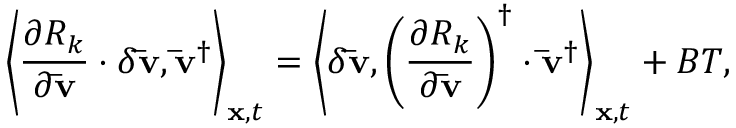
{ \left\langle { \frac { { \partial { R _ { k } } } } { { \partial { \bf { \bar { v } } } } } \cdot \delta { \bf { \bar { v } } } , { { { \bf { \bar { v } } } } ^ { \dag } } } \right\rangle _ { { \bf { x } } , t } } = { \left\langle { \delta { \bf { \bar { v } } } , { { \left( { \frac { { \partial { R _ { k } } } } { { \partial { \bf { \bar { v } } } } } } \right) } ^ { \dag } } \cdot { { { \bf { \bar { v } } } } ^ { \dag } } } \right\rangle _ { { \bf { x } } , t } } + B T ,